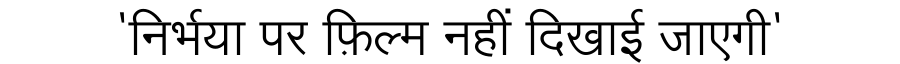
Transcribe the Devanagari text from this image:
'निर्भया पर फ़िल्म नहीं दिखाई जाएगी'